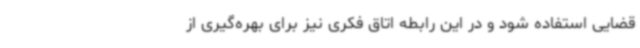
قضایی استفاده شود و در این رابطه اتاق فکری نیز برای بهره‌گیری از